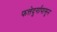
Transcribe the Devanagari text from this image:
फत्तेदुर्गापासून